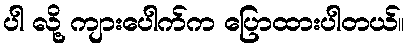
ပါ လို့ ကျားပေါက်က ပြောထားပါတယ်။